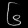
Digit: ၆